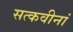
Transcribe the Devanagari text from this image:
सत्कवीनां